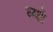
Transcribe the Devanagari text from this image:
ध्यों